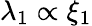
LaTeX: \lambda_{1}\propto\xi_{1}